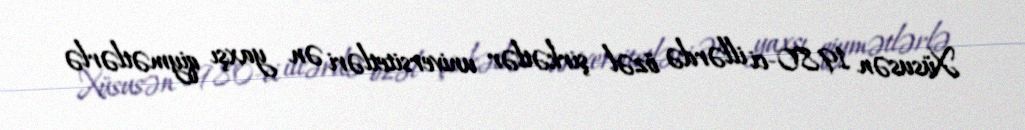
Xüsusən 1980-ci illərdə özəl şirkətlər universitetləri ən yaxşı qiymətlərlə